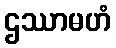
ဌဿာမဟံ